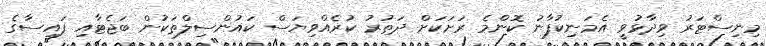
މިނިސްޓަރު ވިދާޅުވީ އެމަނިކުފާނު ކޮންމެ ރަށަކަށް ދަތުރު ކުރެއްވިޔަސް ކައުންސިލްތަކުން ބަޖެޓާއި ފައިސާގެ